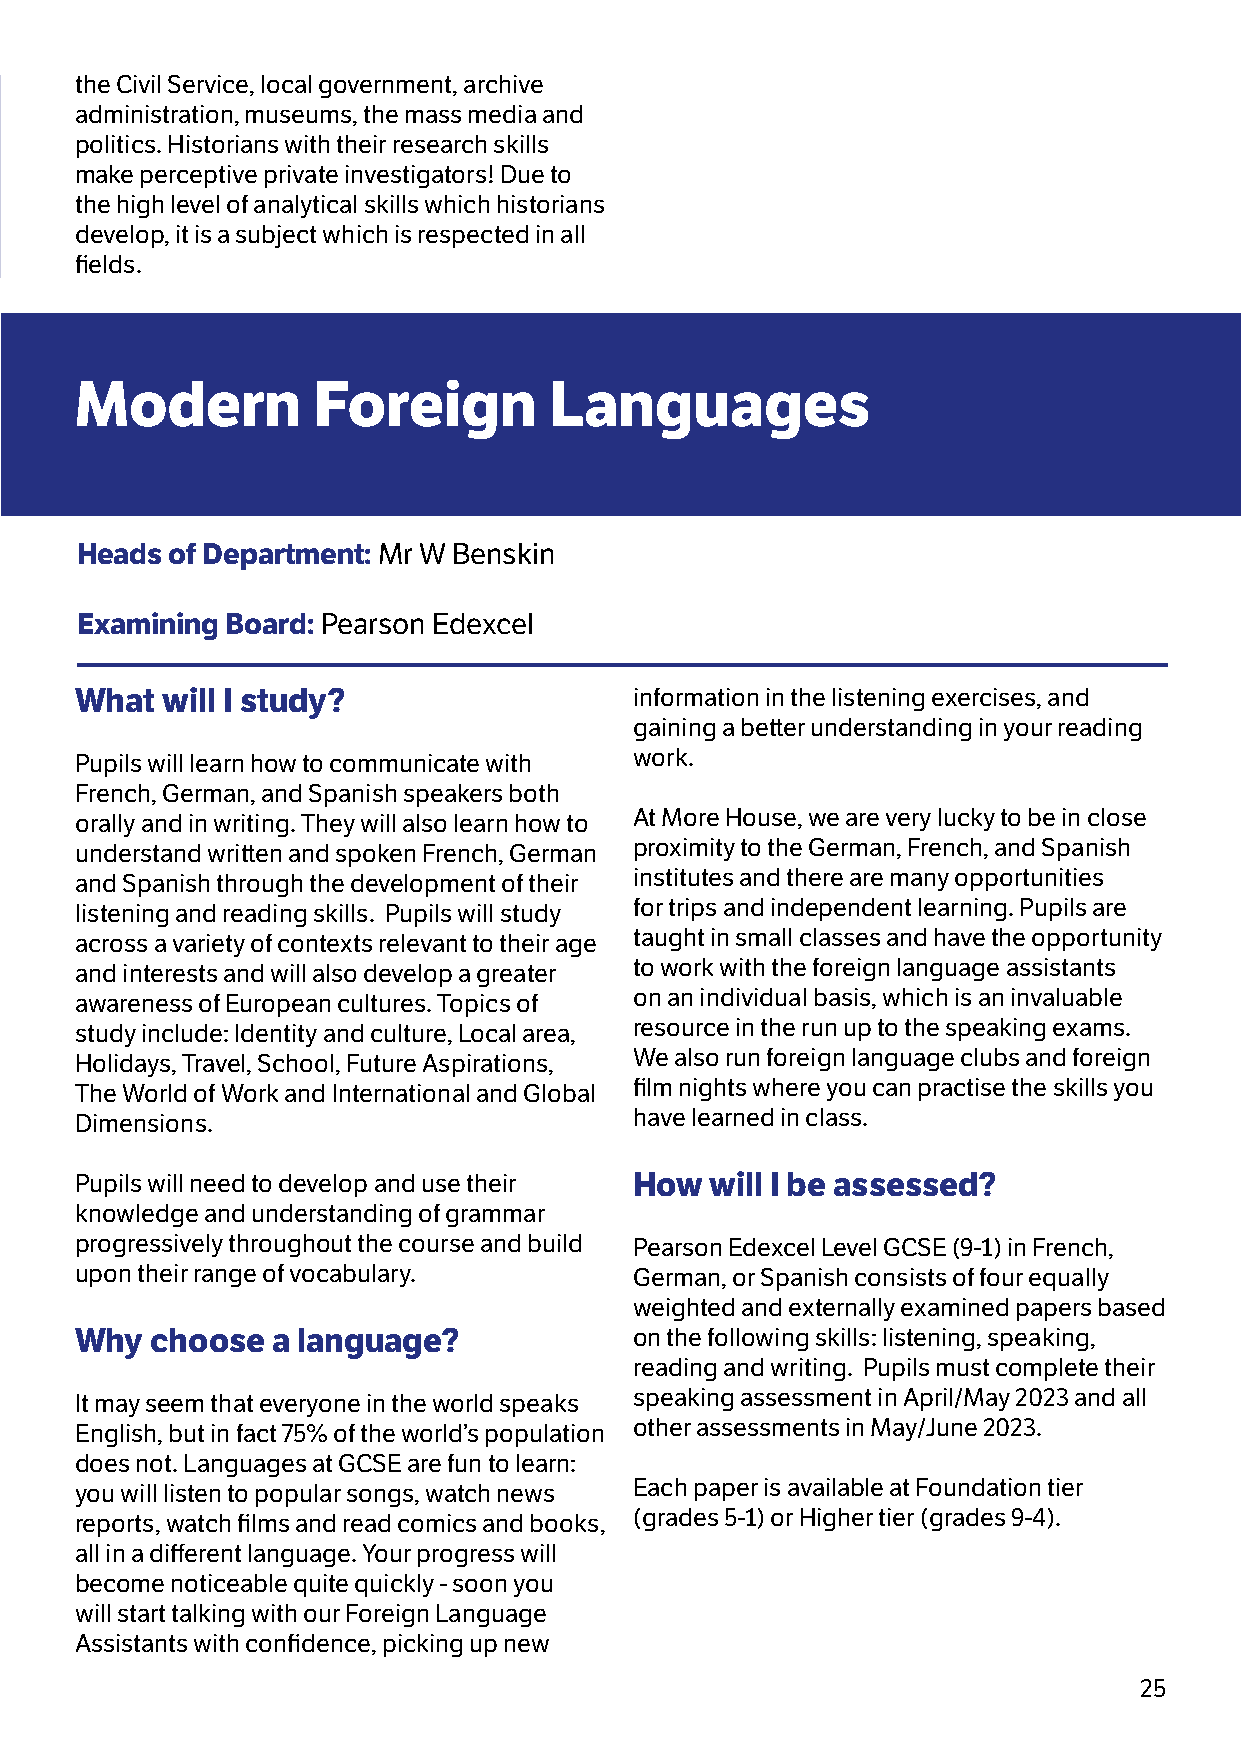
the Civil Service, local government, archive
 administration, museums, the mass media and
 politics. Historians with their research skills
 make perceptive private investigators! Due to
 the high level of analytical skills which historians
 develop, it is a subject which is respected in all
 fields.
 Modern          Foreign        Languages
 Heads of Department: Mr W Benskin
 Examining Board: Pearson Edexcel
 What  will I study?                  information in the listening exercises, and
 gaining a better understanding in your reading
 Pupils will learn how to communicate with work.
 French, German, and Spanish speakers both
 orally and in writing. They will also learn how to At More House, we are very lucky to be in close
 understand written and spoken French, German proximity to the German, French, and Spanish
 and Spanish through the development of their institutes and there are many opportunities
 listening and reading skills. Pupils will study for trips and independent learning. Pupils are
 across a variety of contexts relevant to their age taught in small classes and have the opportunity
 and interests and will also develop a greater to work with the foreign language assistants
 awareness of European cultures. Topics of on an individual basis, which is an invaluable
 study include: Identity and culture, Local area, resource in the run up to the speaking exams.
 Holidays, Travel, School, Future Aspirations, We also run foreign language clubs and foreign
 The World of Work and International and Global film nights where you can practise the skills you
 Dimensions.                          have learned in class.
 Pupils will need to develop and use their How will I be assessed?
 knowledge and understanding of grammar
 progressively throughout the course and build Pearson Edexcel Level GCSE (9-1) in French,
 upon their range of vocabulary.      German, or Spanish consists of four equally
 weighted and externally examined papers based
 Why  choose  a language?             on the following skills: listening, speaking,
 reading and writing. Pupils must complete their
 It may seem that everyone in the world speaks speaking assessment in April/May 2023 and all
 English, but in fact 75% of the world’s population other assessments in May/June 2023.
 does not. Languages at GCSE are fun to learn:
 you will listen to popular songs, watch news Each paper is available at Foundation tier
 reports, watch films and read comics and books, (grades 5-1) or Higher tier (grades 9-4).
 all in a different language. Your progress will
 become noticeable quite quickly - soon you
 will start talking with our Foreign Language
 Assistants with confidence, picking up new
 25